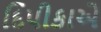
દિપીકાએ